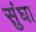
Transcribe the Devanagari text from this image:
सुंघा